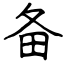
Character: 备